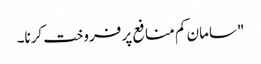
"سامان کم منافع پر فروخت کرنا۔